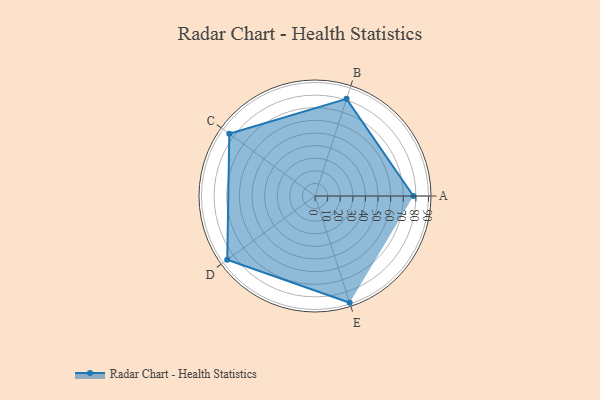
{"axis": {"x": "Skill", "y": "Score"}, "legend": ["Profile"], "data": [{"x": "A", "y": 78.0, "type": "Profile"}, {"x": "B", "y": 81.0, "type": "Profile"}, {"x": "C", "y": 84.0, "type": "Profile"}, {"x": "D", "y": 86.0, "type": "Profile"}, {"x": "E", "y": 89.0, "type": "Profile"}]}